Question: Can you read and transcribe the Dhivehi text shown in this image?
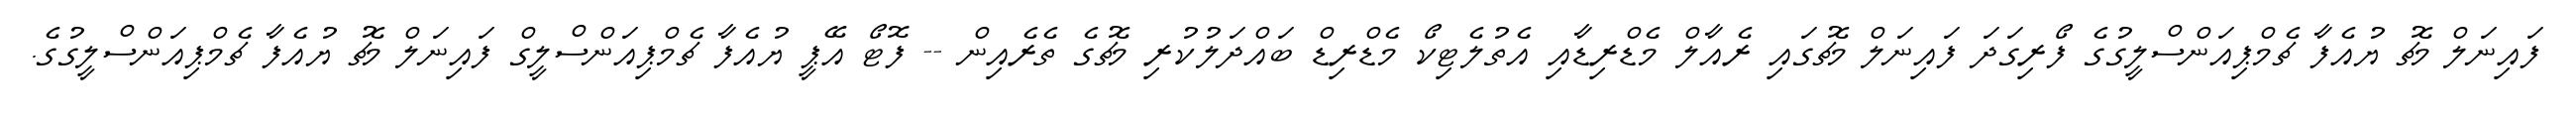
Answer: ފައިނަލް މެޗު ޔުއެފާ ޗެމްޕިއަންސްލީގުގެ ފޯރިގަދަ ފައިނަލް މެޗުގައި ރެއާލް މެޑްރިޑާއި އެތުލެޓިކޯ މެޑްރިޑް ބައްދަލުކުރި މެޗުގެ ތެރެއިން -- ފޮޓޯ އޭޕީ ޔުއެފާ ޗެމްޕިއަންސްލީގް ފައިނަލް މެޗު ޔުއެފާ ޗެމްޕިއަންސްލީގުގެ.